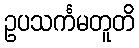
ဥပသင်္ကမတူတိ